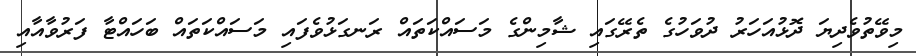
މިވޭތުވެދިޔަ ދޮޅުއަހަރު ދުވަހުގެ ތެރޭގައި ޝާމިންގެ މަސައްކަތައް ރަނގަޅުވެފައި މަސައްކަތައް ބަހައްޓާ ފަރުވާއާއި